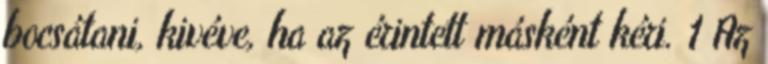
bocsátani, kivéve, ha az érintett másként kéri. 1 Az